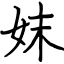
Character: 妺